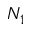
N _ { 1 }